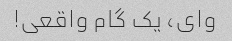
وای، یک گام واقعی!